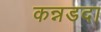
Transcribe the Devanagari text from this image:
कन्नडदा